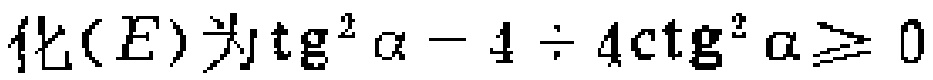
化\((E)\)为\(\mathrm{tg}^{2}\alpha - 4\div 4\mathrm{ctg}^{2}\alpha\geqslant 0\)